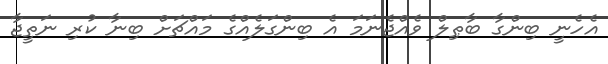
އެހެނީ ބިންގާ ބާޠިލް ވެއްޖެނަމަ އެ ބިންގަލެއްގެ މައްޗަށް ބިނާ ކުރި ނަތީޖާ